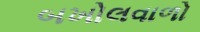
બખોલવાળો